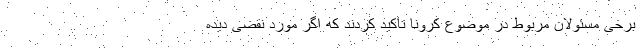
برخی مسئولان مربوط در موضوع کرونا تاکید کردند که اگر مورد نقضی دیده